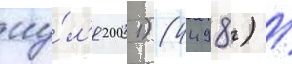
иу́л'я 2001) (4498) /